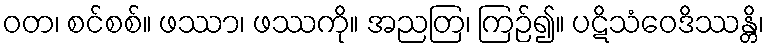
ဝတ၊ စင်စစ်။ ဖဿာ၊ ဖဿကို။ အညတြ၊ ကြဉ်၍။ ပဋိသံဝေဒိဿန္တိ၊